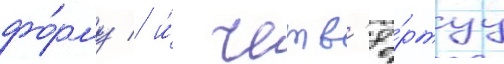
фо́рму / и́ четв'ё́ртуу